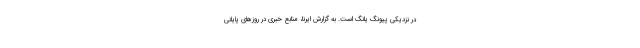
در نزدیکی پیونگ یانگ است. به گزارش ایرنا، منابع خبری در روزهای پایانی